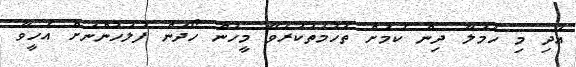
އަދި މި ހަމަލާ ދިން ކަމަށް ތުހުމަތުކުރެވޭ މީހުން ހޯދަން ފުލުހުންނަށް އެހީވާ